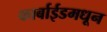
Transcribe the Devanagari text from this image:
कार्बाईडमधून